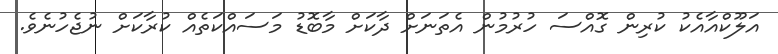
އަލޫކްއާއެކު ކުރިން ގޮއްސަ ހުރުމުން އެތަނަށް ދާކަށް މާބޮޑު މަސައްކަތެއް ކުރާކަށް ނުޖެހުނެވެ.